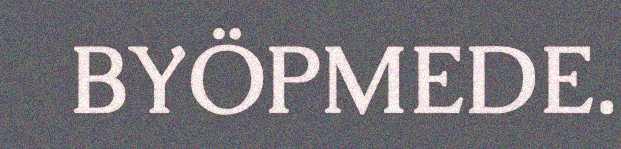
BYÖPMEDE.